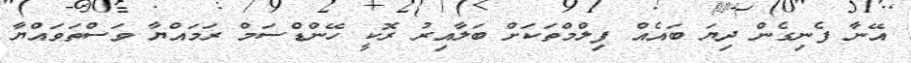
އޭނާ ފެނިގެން ދިޔަ ބައެއް ފިލްމްތަކަށް ބަލާއިރު ރޮކީ ހޭންޑްސަމް ރަމައްޔާ ވަސްތަވައްޔާ